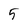
Character: 5